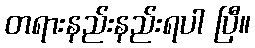
တရားနည်းနည်းရပါ ပြီ။